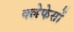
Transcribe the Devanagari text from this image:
क्लेफेसों